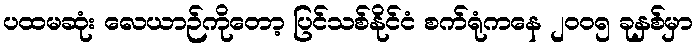
ပထမဆုံး လေယာဉ်ကိုတော့ ပြင်သစ်နိုင်ငံ စက်ရုံကနေ ၂၀၀၅ ခုနှစ်မှာ